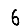
Digit: 6